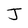
Character: J